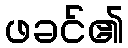
ဖခင်၏